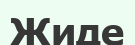
Жиде